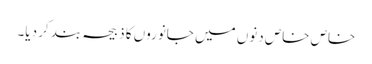
خاص خاص دنوں میں جانوروں کا ذبیحہ بند کر دیا۔